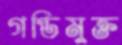
গণ্ডিমুক্ত